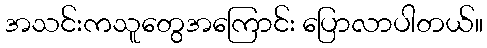
အသင်းကသူတွေအကြောင်း ပြောလာပါတယ်။